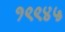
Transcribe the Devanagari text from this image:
१९९४५